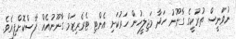
ނުވަނީސް ތުރުކީގެ ގާނޫނު ހަދާ މަޖިލީހުން ހަރުކަށި އެންޓި ޓެރެރިޒަމް ގާނޫނުއެއް ފާސްކޮށްފިއެވެ.